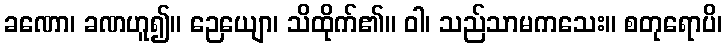
ခဏော၊ ခဏဟူ၍။ ဉေယျော၊ သိထိုက်၏။ ဝါ၊ သည်သာမကသေး။ စတုရောပိ၊